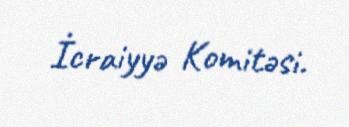
İcraiyyə Komitəsi.